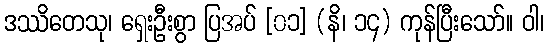
ဒဿိတေသု၊ ရှေးဦးစွာ ပြအပ် [၀၁] (နိ၊ ၁၄) ကုန်ပြီးသော်။ ဝါ၊